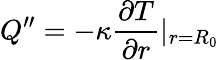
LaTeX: Q^{\prime\prime}=-\kappa\frac{\partial T}{\partial r}|_{r=R_{0}}